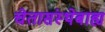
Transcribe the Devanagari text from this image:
चेतासंस्थेबाह्य